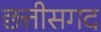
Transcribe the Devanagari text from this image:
छत्तीसगद